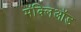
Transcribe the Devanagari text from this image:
मॅक्लिऑड